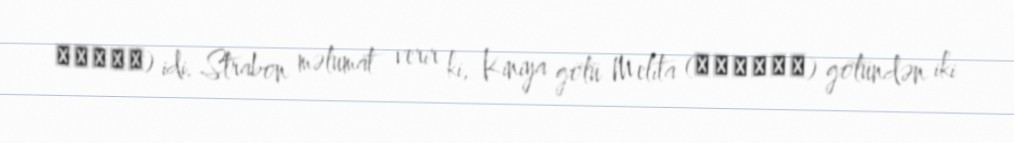
Κυνία) idi. Strabon məlumat verir ki, Kiniya gölü Melita (Μελίτη) gölündən iki